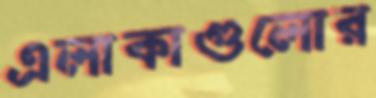
এলাকাগুলোর